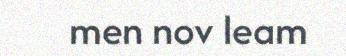
men nov leam